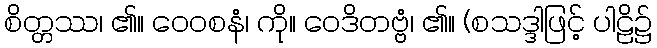
စိတ္တဿ၊ ၏။ ဝေဝစနံ၊ ကို။ ဝေဒိတဗ္ဗံ၊ ၏။ (စသဒ္ဒါဖြင့် ပါဠိ၌